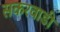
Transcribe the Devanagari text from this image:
सकरवाडी